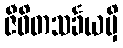
ဇီဝိတသင်္ခယမှိ